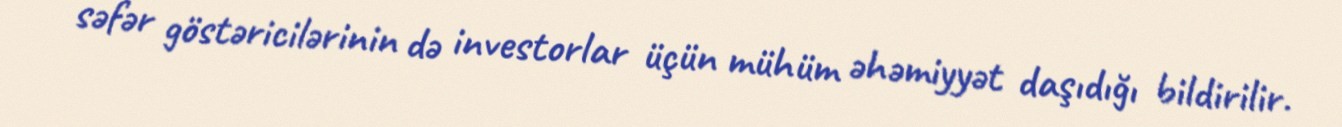
səfər göstəricilərinin də investorlar üçün mühüm əhəmiyyət daşıdığı bildirilir.